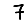
Digit: 7